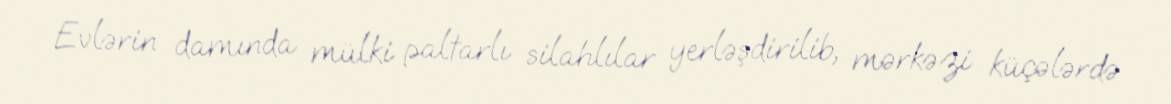
Evlərin damında mülki paltarlı silahlılar yerləşdirilib, mərkəzi küçələrdə